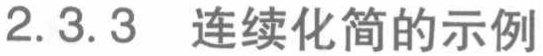
2.3.3 连续化简的示例